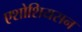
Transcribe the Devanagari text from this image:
एशोशियसन